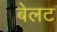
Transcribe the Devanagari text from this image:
बेलट